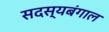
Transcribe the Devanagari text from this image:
सदस्यबंगाल